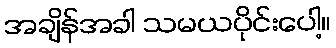
အချိန်အခါ သမယပိုင်းပေါ့။